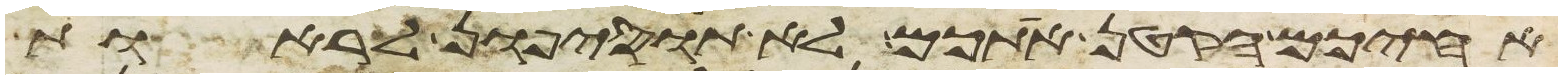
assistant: אחיכם הקטן אתכם לא תוסיפון לראות